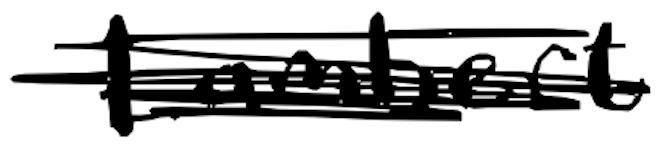
Text: Lambert
Cross-out: scratch
Writing tool: digital_black